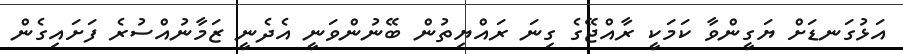
އަޅުގަނޑަށް ޔަގީންވާ ކަމަކީ ރާއްޖޭގެ ގިނަ ރައްޔިތުން ބޭނުންވަނީ އެދެނީ ޒަމާނުއްސުރެ ފަށައިގެން